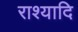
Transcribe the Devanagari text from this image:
राश्यादि